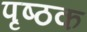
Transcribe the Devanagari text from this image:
पृष्ठक